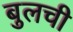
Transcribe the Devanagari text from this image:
बुलची